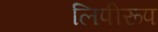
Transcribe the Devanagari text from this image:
लिपीरूप